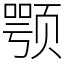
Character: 颚